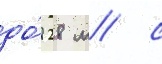
до́ 28 м/ с